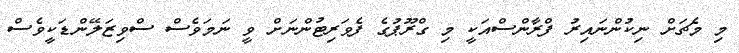
މި މެޗަށް ނިކުންނައިރު ފްރާންސްއަކީ މި ގްރޫޕުގެ ފެވަރިޓުންނަށް ވީ ނަމަވެސް ސްވިޒަލޭންޑަކީވެސް